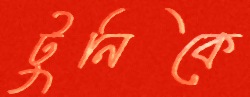
টুনিকে